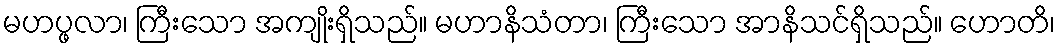
မဟပ္ဖလာ၊ ကြီးသော အကျိုးရှိသည်။ မဟာနိသံတာ၊ ကြီးသော အာနိသင်ရှိသည်။ ဟောတိ၊